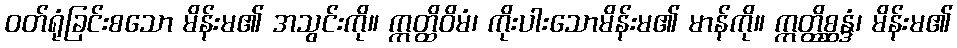
ဝတ်ရုံခြင်းစသော မိန်းမ၏ အသွင်းကို။ ဣတ္ထိဝိမံ၊ ကိုးပါးသောမိန်းမ၏ မာန်ကို။ ဣတ္ထိစ္ဆန္ဒံ၊ မိန်းမ၏